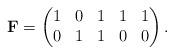
LaTeX: \begin{align*}\mathbf{F} = \begin{pmatrix} 1 & 0 & 1 & 1 & 1\\ 0 & 1 & 1 & 0 & 0\\\end{pmatrix}.\end{align*}